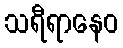
သရီရာနေဝ